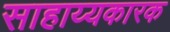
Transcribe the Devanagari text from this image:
साहाय्यकारक